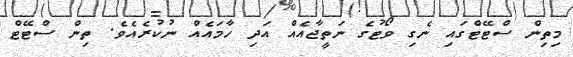
މިތިން ސްޓޭޓްގައި ނެގި ވޯޓުގެ ނަތީޖާއެއް އަދި ހާމައެއް ނުކުރެއެވެ. ތިން ސްޓޭޓް